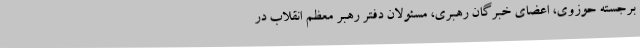
برجسته حوزوی، اعضای خبرگان رهبری،‌ مسئولان دفتر رهبر معظم انقلاب در